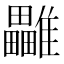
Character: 𩁜